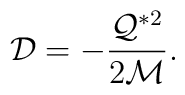
{\cal D}=-\frac{{\cal Q}^{*2}}{2{\cal M}}.